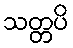
သတ္တပိ